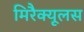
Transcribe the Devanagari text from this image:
मिरैक्यूलस